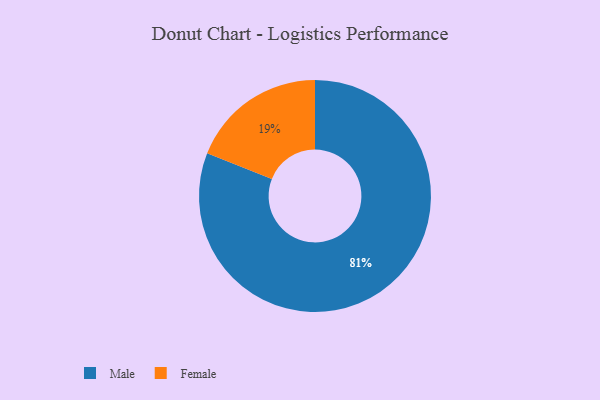
{"axis": {"x": "Category", "y": "Percentage"}, "legend": ["Female", "Male"], "data": [{"x": "Female", "y": 19, "type": "Female"}, {"x": "Male", "y": 81, "type": "Male"}]}